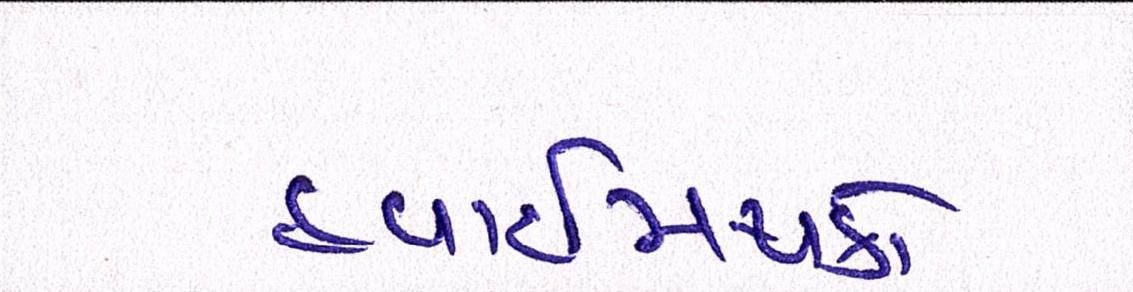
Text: હવાઈમથકો